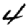
Digit: 4